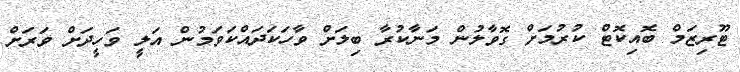
ޓޫރިޒަމް ބޮއިކޮޓް ކުރުމަށް ގޮވާލުން މަނާކުރާ ބިލަށް ވާހަކަދައްކަވަމުން އަލީ ވަހީދަށް ވަރަށް